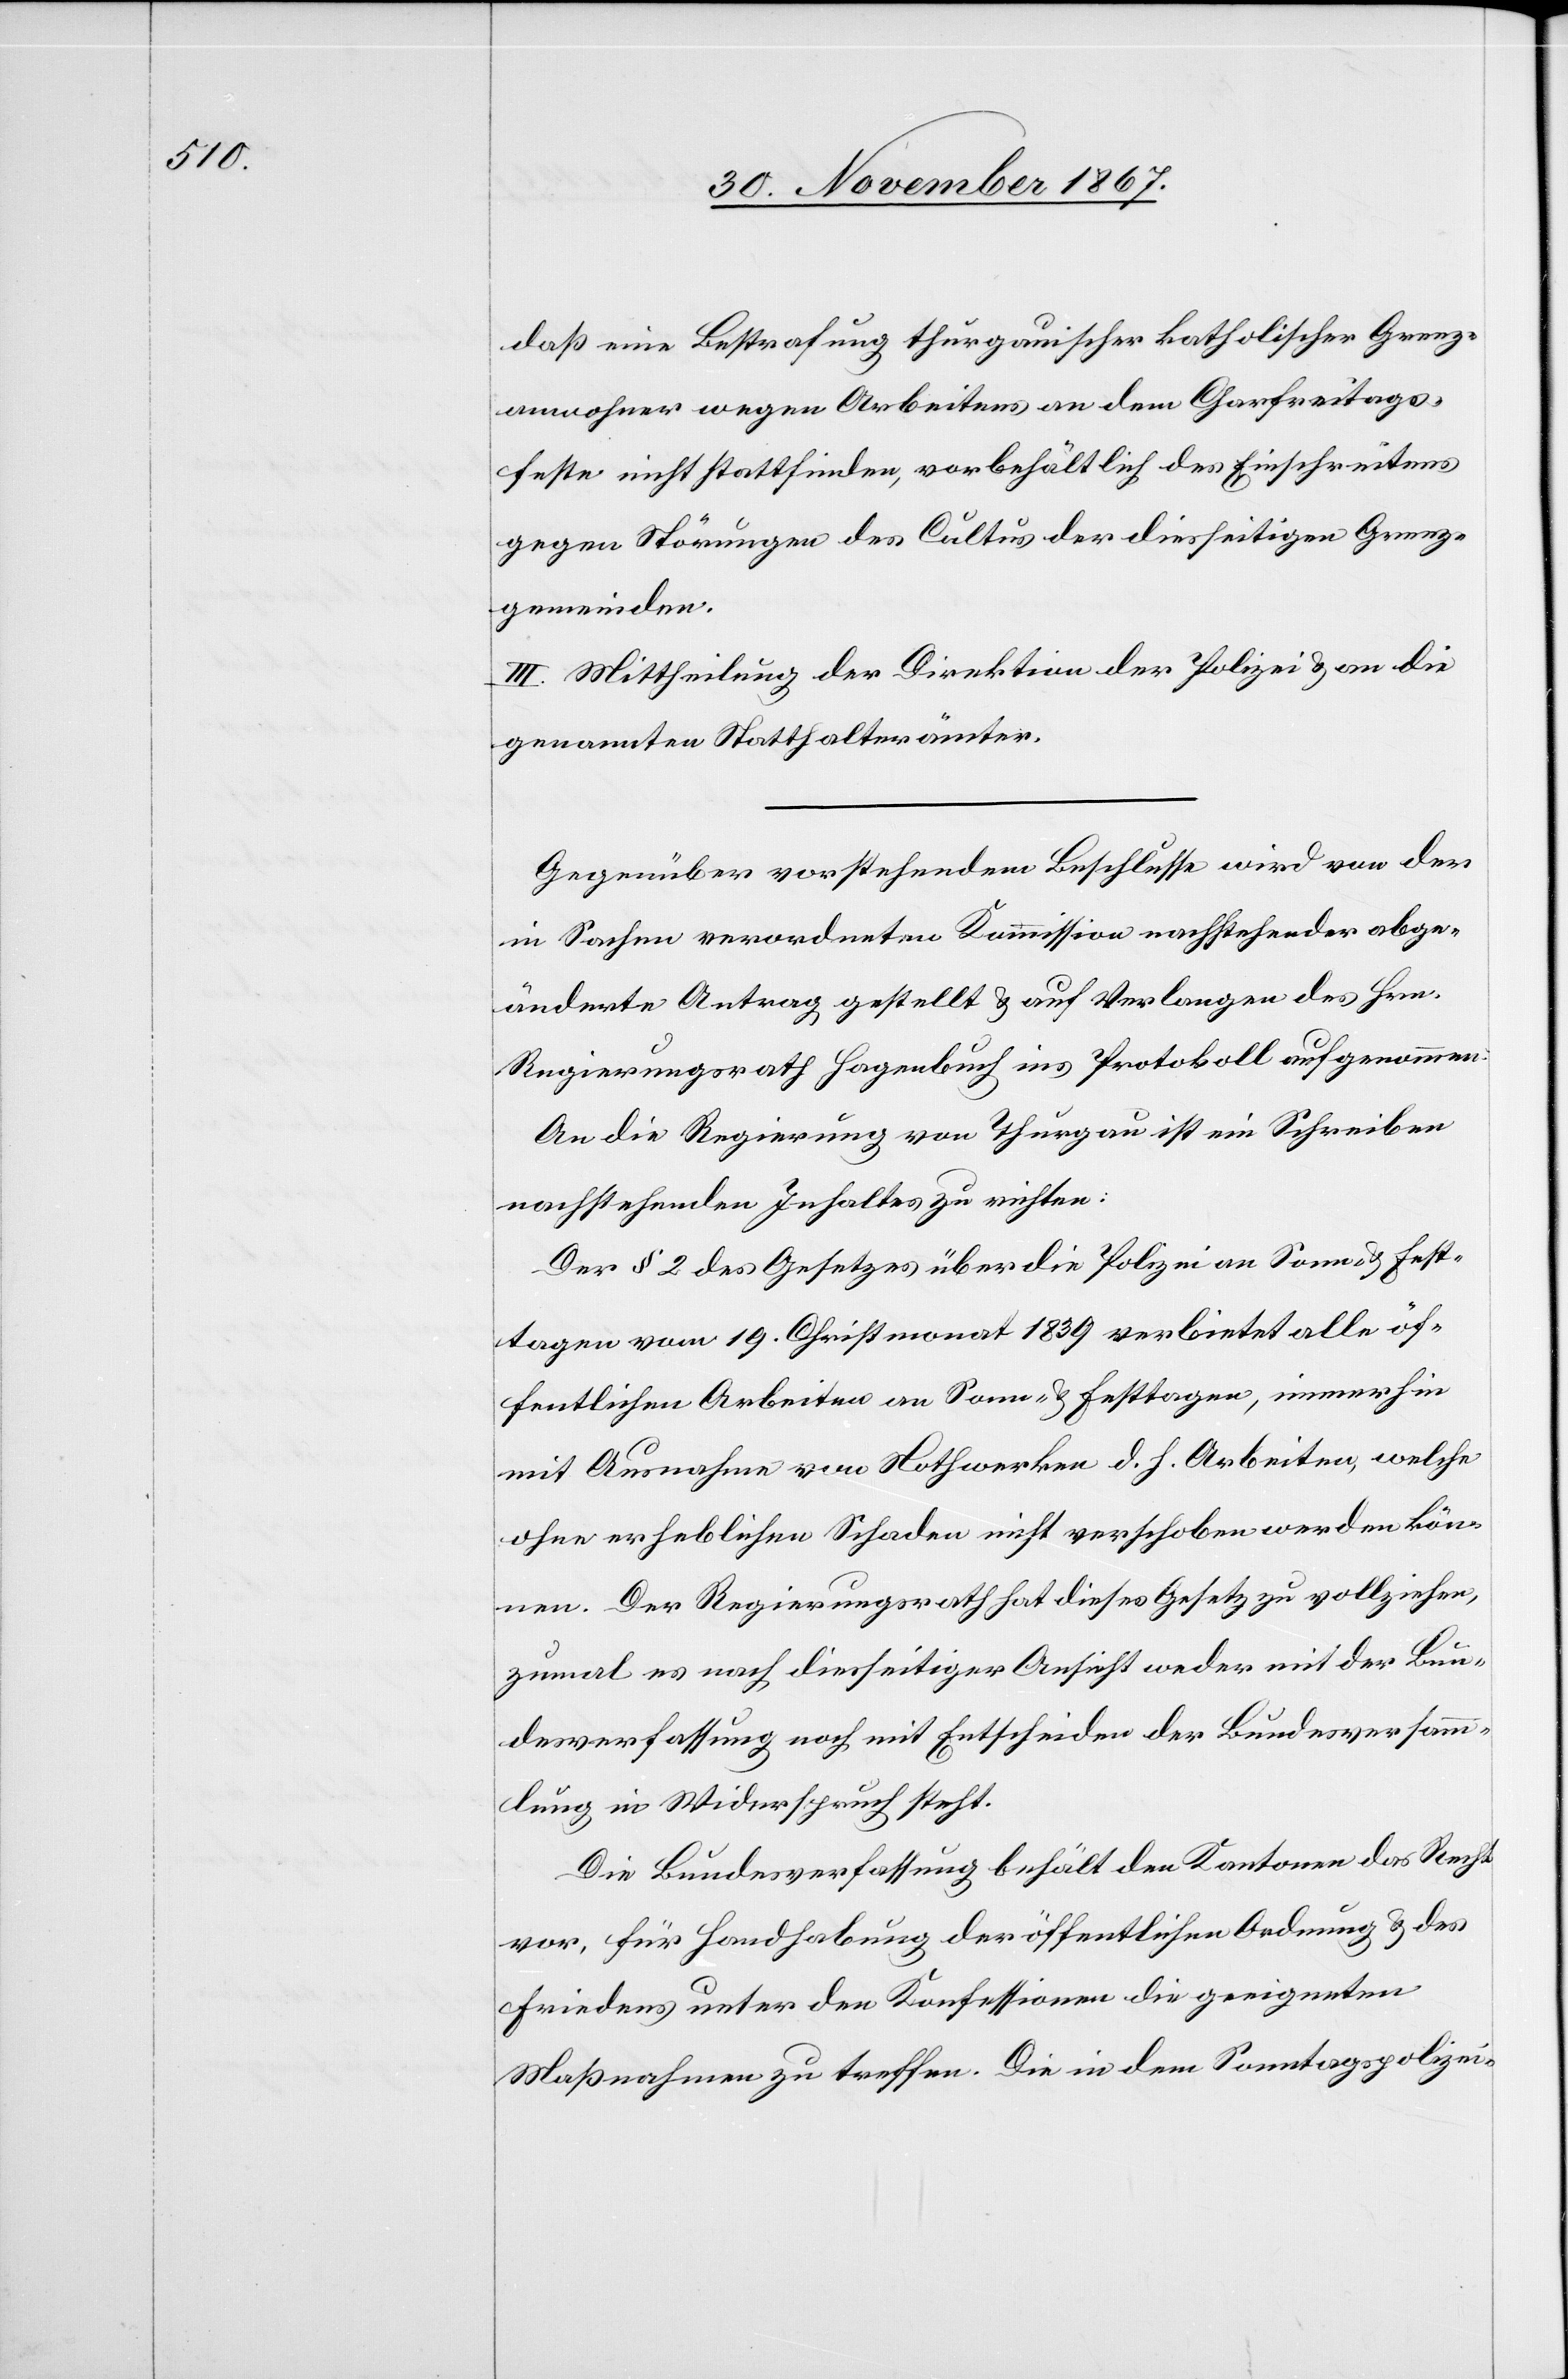
daß eine Bestrafung thurgaiuscher katholischer Grenz¬
anwohner wegen Arbeitens an dem Charfreitags¬
feste nicht stattfinden [sic!], vorbehältlich des Einschreitens
gegen Störungen des Cultus der diesseitigen Grenz¬
gemeinden.
III. Mittheilung der Direktion der Polizei u. an die
genannten Statthalterämter.
Gegenüber vorstehendem Beschlusse wird von der
in Sachen verordneten Kommission nachstehender abge¬
änderte Antrag gestellt u. auf Verlangen des Hrn.
Regierungsrath Hagenbuch ins Protokoll aufgenommen:
An die Regierung von Thurgau ist ein Schreiben
nachstehenden Inhaltes zu richten:
Der § 2 des Gesetzes über die Polizei an Sonn- u. Fest¬
tagen vom 19. Christmonat 1839 verbietet alle öf¬
fentlichen Arbeiten an Sonn- u. Festtagen, immerhin
mit Ausnahme von Nothwerken d. h. Arbeiten, welche
ohne erheblichen Schaden nicht verschoben werden kön¬
nen. Der Regierungsrath hat dieses Gesetz zu vollziehen,
zumal es nach diesseitiger Ansicht weder mit der Bun¬
desverfassung noch mit Entscheiden der Bundesversamm¬
lung in Widerspruch steht.
Die Bundesverfassung behält den Kantonen das Recht
vor, für Handhabung der öffentlichen Ordnung u. des
Friedens unter den Konfessionen die geeigneten
Maßnahmen zu treffen, Die in dem Sonntagspolizei-